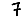
Digit: 7